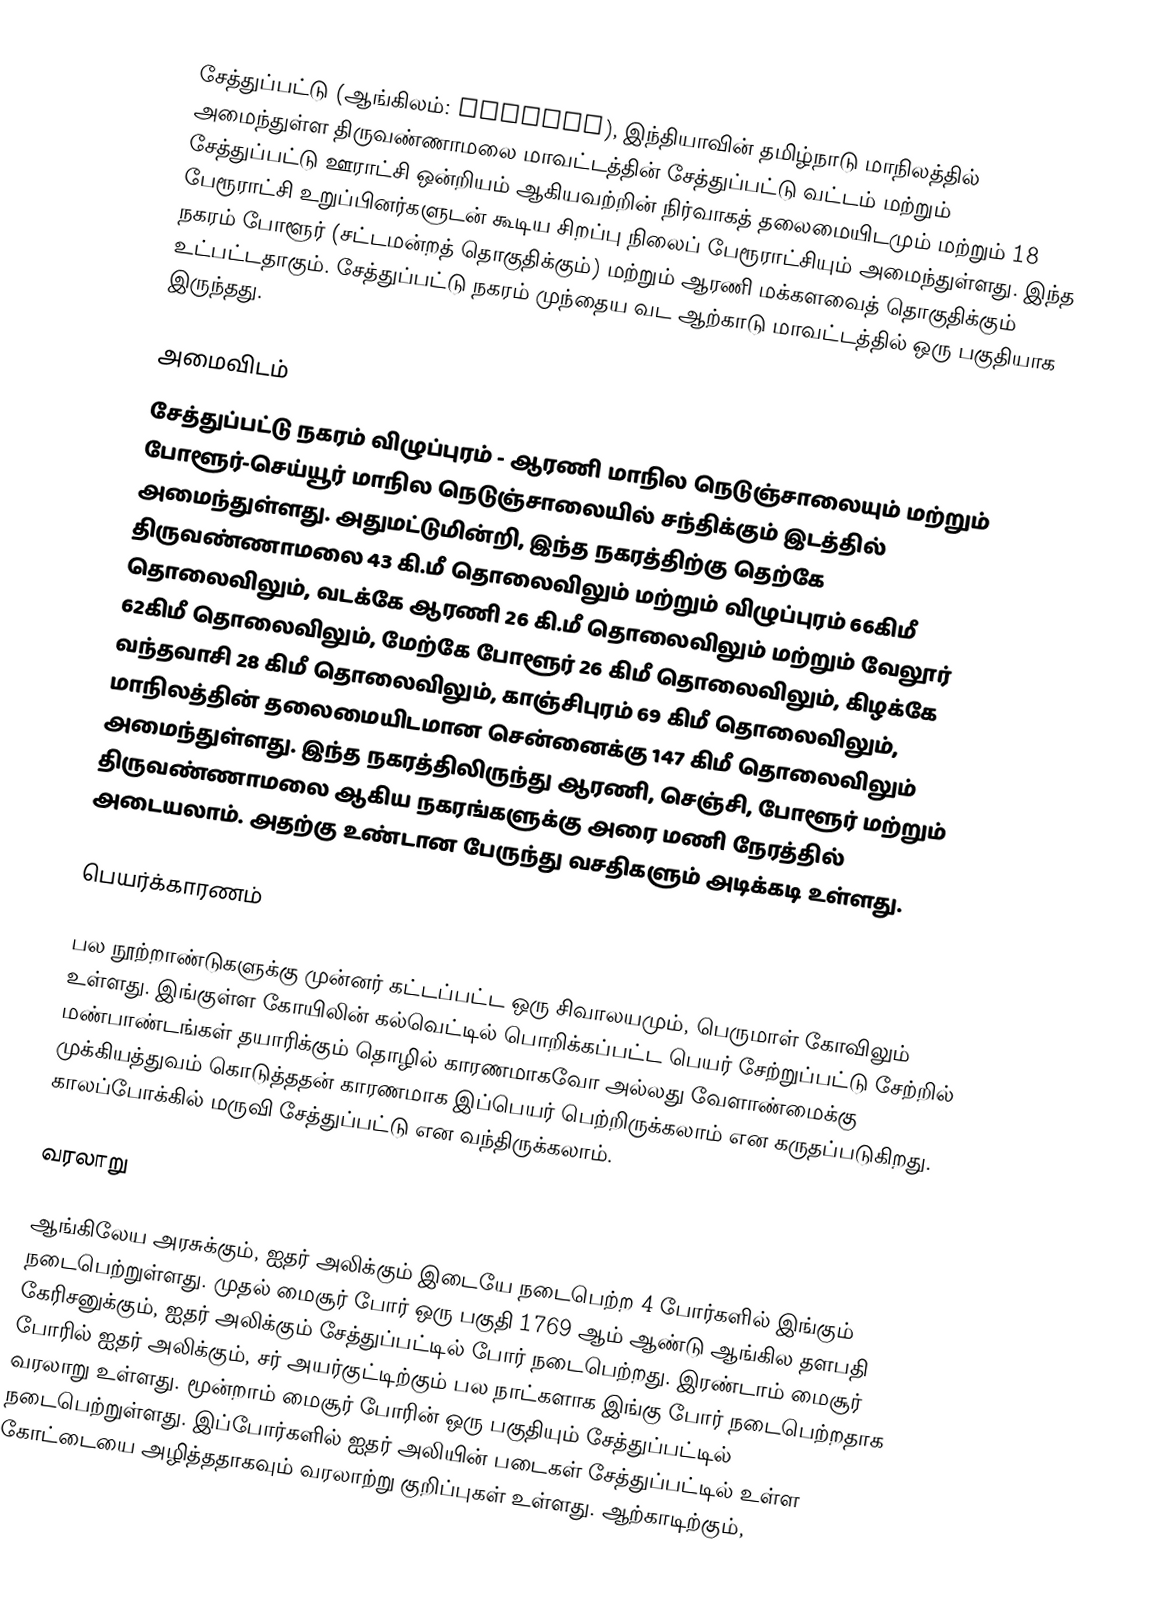
சேத்துப்பட்டு (ஆங்கிலம்: Chetpet), இந்தியாவின் தமிழ்நாடு மாநிலத்தில் அமைந்துள்ள திருவண்ணாமலை மாவட்டத்தின் சேத்துப்பட்டு வட்டம் மற்றும் சேத்துப்பட்டு ஊராட்சி ஒன்றியம் ஆகியவற்றின் நிர்வாகத் தலைமையிடமும் மற்றும் 18 பேரூராட்சி உறுப்பினர்களுடன் கூடிய சிறப்பு நிலைப் பேரூராட்சியும் அமைந்துள்ளது. இந்த நகரம் போளூர் (சட்டமன்றத் தொகுதிக்கும்) மற்றும் ஆரணி மக்களவைத் தொகுதிக்கும் உட்பட்டதாகும். சேத்துப்பட்டு நகரம் முந்தைய வட ஆற்காடு மாவட்டத்தில் ஒரு பகுதியாக இருந்தது.

அமைவிடம்
சேத்துப்பட்டு நகரம் விழுப்புரம் - ஆரணி மாநில நெடுஞ்சாலையும் மற்றும் போளூர்-செய்யூர் மாநில நெடுஞ்சாலையில் சந்திக்கும் இடத்தில் அமைந்துள்ளது. அதுமட்டுமின்றி, இந்த நகரத்திற்கு தெற்கே திருவண்ணாமலை 43 கி.மீ தொலைவிலும் மற்றும் விழுப்புரம் 66கிமீ தொலைவிலும், வடக்கே ஆரணி 26 கி.மீ தொலைவிலும் மற்றும் வேலூர் 62கிமீ தொலைவிலும், மேற்கே போளூர் 26 கிமீ தொலைவிலும், கிழக்கே வந்தவாசி 28 கிமீ தொலைவிலும், காஞ்சிபுரம் 69 கிமீ தொலைவிலும், மாநிலத்தின் தலைமையிடமான சென்னைக்கு 147 கிமீ தொலைவிலும் அமைந்துள்ளது. இந்த நகரத்திலிருந்து ஆரணி, செஞ்சி, போளூர் மற்றும் திருவண்ணாமலை ஆகிய நகரங்களுக்கு அரை மணி நேரத்தில் அடையலாம். அதற்கு உண்டான பேருந்து வசதிகளும் அடிக்கடி உள்ளது.

பெயர்க்காரணம்

பல நூற்றாண்டுகளுக்கு முன்னர் கட்டப்பட்ட ஒரு சிவாலயமும், பெருமாள் கோவிலும் உள்ளது. இங்குள்ள கோயிலின் கல்வெட்டில் பொறிக்கப்பட்ட பெயர் சேற்றுப்பட்டு சேற்றில் மண்பாண்டங்கள் தயாரிக்கும் தொழில் காரணமாகவோ அல்லது வேளாண்மைக்கு முக்கியத்துவம் கொடுத்ததன் காரணமாக இப்பெயர் பெற்றிருக்கலாம் என கருதப்படுகிறது. காலப்போக்கில் மருவி சேத்துப்பட்டு என வந்திருக்கலாம்.

வரலாறு

ஆங்கிலேய அரசுக்கும், ஐதர் அலிக்கும் இடையே நடைபெற்ற 4 போர்களில் இங்கும் நடைபெற்றுள்ளது. முதல் மைசூர் போர் ஒரு பகுதி 1769 ஆம் ஆண்டு ஆங்கில தளபதி கேரிசனுக்கும், ஐதர் அலிக்கும் சேத்துப்பட்டில் போர் நடைபெற்றது. இரண்டாம் மைசூர் போரில் ஐதர் அலிக்கும், சர் அயர்குட்டிற்கும் பல நாட்களாக இங்கு போர் நடைபெற்றதாக வரலாறு உள்ளது. மூன்றாம் மைசூர் போரின் ஒரு பகுதியும் சேத்துப்பட்டில் நடைபெற்றுள்ளது. இப்போர்களில் ஐதர் அலியின் படைகள் சேத்துப்பட்டில் உள்ள கோட்டையை அழித்ததாகவும் வரலாற்று குறிப்புகள் உள்ளது. ஆற்காடிற்கும்,